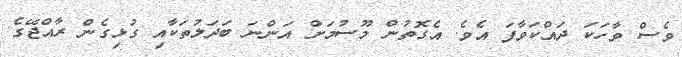
ވެސް ވާހަކަ ދައްކަވާފަ އެވެ. އެގޮތުން މޫސުމަށް އަންނަ ބަދަލުތަކާއި ގުޅިގެން ރާއްޖޭގެ